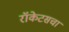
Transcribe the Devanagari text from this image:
रॉकेटसचा